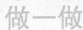
做一做